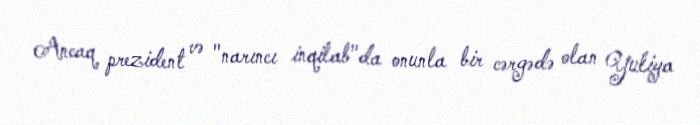
Ancaq prezident və "narıncı inqilab"da onunla bir cərgədə olan Yuliya